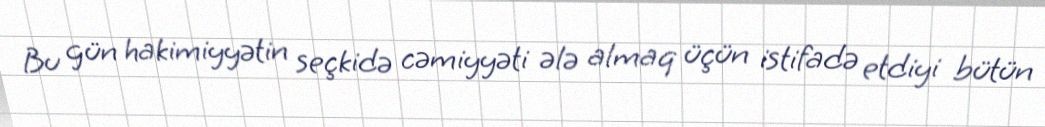
Bu gün hakimiyyətin seçkidə cəmiyyəti ələ almaq üçün istifadə etdiyi bütün